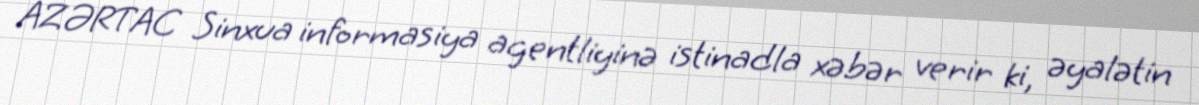
AZƏRTAC Sinxua informasiya agentliyinə istinadla xəbər verir ki, əyalətin